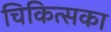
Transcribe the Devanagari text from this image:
चिकित्सका